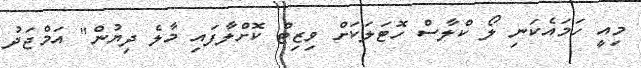
މިއީ ހަމައެކަނި ލޯ ކްލާސް ހޮޓަލަކަށް ވިޒިޓް ކޮށްލާފައި މާލެ ދިޔުން" އަމްޖަދު